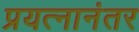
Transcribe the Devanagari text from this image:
प्रयत्नानंतर